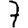
Digit: 7